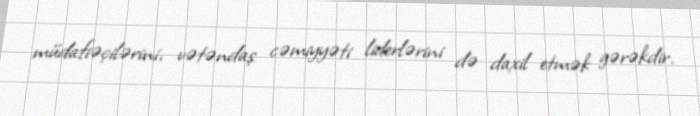
müdafiəçilərini, vətəndaş cəmiyyəti liderlərini də daxil etmək gərəkdir.